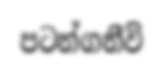
පටන්ගනීවි